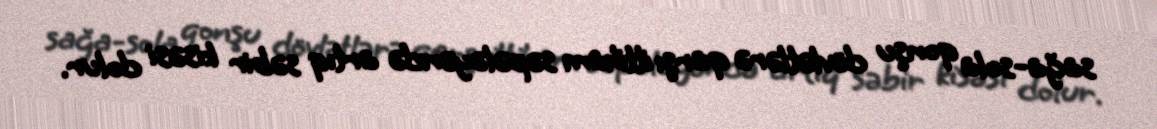
sağa-sola qonşu dövlətlərə qarşı ittiham səpələyəndə artıq səbir kisəsi dolur.